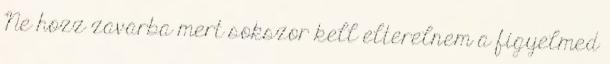
Ne hozz zavarba mert sokszor kell elterelnem a figyelmed